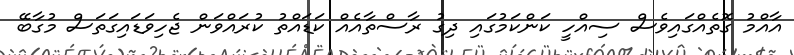
އާއްމު ގޮތެއްގައިވެސް ސިއްހީ ކަންކަމުގައި ދިގު ރާސްތާއެއް ކަޑައްތު ކުރައްވަން ޖެހިވަޑައިގަތަސް މުގާބޭ